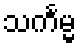
သင်္ကမ္မ